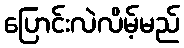
ပြောင်းလဲလိမ့်မည်